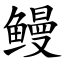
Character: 鳗